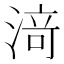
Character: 𰜟